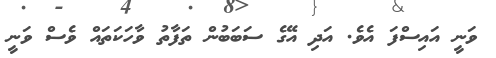
ވަނީ އައިސްފަ އެވެ. އަދި އޭގެ ސަބަބުން ތަފާތު ވާހަކަތައް ވެސް ވަނީ